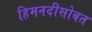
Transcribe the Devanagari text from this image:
हिमनदीसोबत